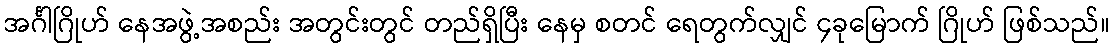
အင်္ဂါဂြိုဟ် နေအဖွဲ့အစည်း အတွင်းတွင် တည်ရှိပြီး နေမှ စတင် ရေတွက်လျှင် ၄ခုမြောက် ဂြိုဟ် ဖြစ်သည်။